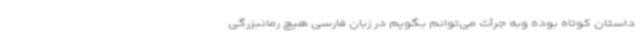
داستان کوتاه بوده وبه جرأت می‌توانم بگویم در زبان فارسی هیچ رمانبزرگی